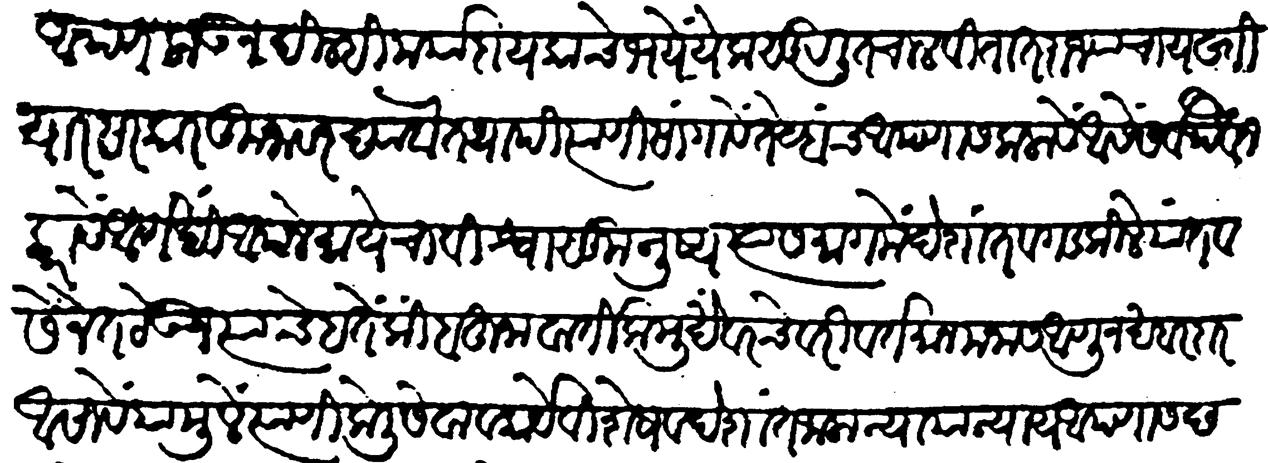
Transliteration (Devanagari): आपण लाऊन दिल्ही मर्यादा येकाचे भयें येक सुरळीत चालवितात राज्याचा यख्तीयार सस्कारकुनावर द्यावा तथापि त्यांणी सांगावें तेव्हाच आपणास कळावें यैसें सर्वथैव न करावें आणखी आपले मायेचा विश्वासू मनुष्य त्यासमागमें देशांत व गडकिल्ले यांत व सेनेंत ठेऊन त्यांचे हतें किंबहुना वार्तिकमुखें वरचेवरी वर्तमान मनास आणून खबरदार आसावें यामुळे त्यांणी केली सेवा व कार्यविशेष व देशांत जाला न्यायान्याय आपणांस छद्म